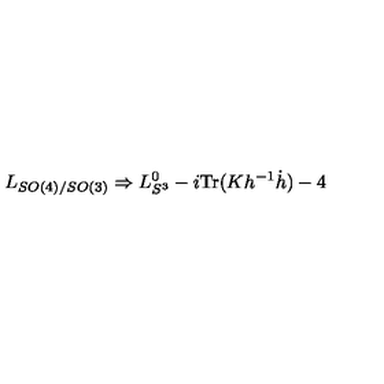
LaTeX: L _ { S O ( 4 ) / S O ( 3 ) } \Rightarrow L _ { S ^ { 3 } } ^ { 0 } - i \mathrm { T r } ( K h ^ { - 1 } \dot { h } ) - 4